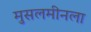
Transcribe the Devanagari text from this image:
मुसलमीनला